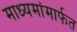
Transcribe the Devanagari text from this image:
माध्यमांमार्फत